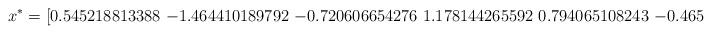
LaTeX: \begin{align*}x^* = [0.545218813388\ {-1.464410189792}\ {-0.720606654276}\ 1.178144265592\ 0.794065108243\ {-0.465794119448}]\end{align*}